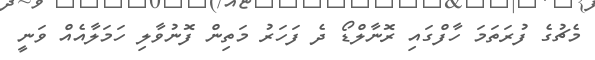
މެޗުގެ ފުރަތަމަ ހާފްގައި ރޮނާލްޑޯ ދެ ފަހަރު މަތިން ފޮނުވާލި ހަމަލާއެއް ވަނީ